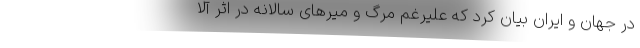
در جهان و ایران بیان کرد که علیرغم مرگ و میرهای سالانه در اثر آلا